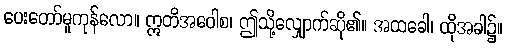
ပေးတော်မူကုန်လော။ ဣတိအဝေါစ၊ ဤသို့လျှောက်ဆို၏။ အထခေါ၊ ထိုအခါ၌။